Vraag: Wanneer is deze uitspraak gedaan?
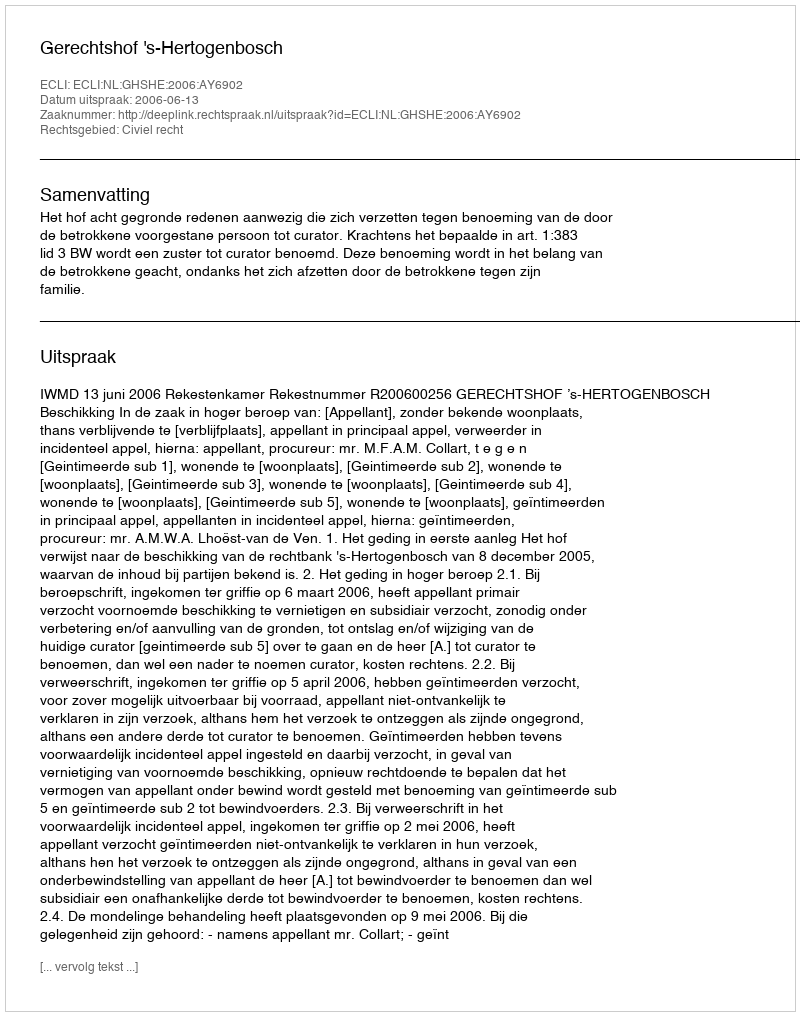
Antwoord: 2006-06-13